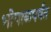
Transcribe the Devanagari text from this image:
भोपाळपर्यंत